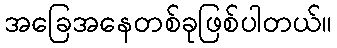
အခြေအနေတစ်ခုဖြစ်ပါတယ်။